system: You are a helpful assistant.
user:
Analyze the provided spectrum to determine if it is a **S-type Star**.

- **Key Indicators for S-type Star:**

    - **(Overall Spectrum Shape):** The first and most obvious characteristic is the overall continuum (the "baseline" shape). It is **extremely "red-sloping,"** meaning the flux (light intensity) is very low on the left side (blue, ~4000-4500 Å) and rises steeply and continuously toward the right side (red, ~7000 Å+).

    - **(Primary):** The spectrum is defined by the presence of strong, broad molecular absorption "valleys" (bands) from **Zirconium Oxide (ZrO)**. The identification of these bands is the **primary requirement** for classifying a star as S-type.
        - **(Key Bandheads):** You must find distinct, deep "dips" where the light has been absorbed. The most critical band systems to locate are:
            - **~6474 Å** ($\gamma$-system): This is often the strongest and clearest ZrO feature, found in the red part of the spectrum.
            - **~5718 Å** & **~5551 Å** ($\beta$-system): A pair of prominent absorption features in the yellow-orange part of the spectrum.
            - **~4640 Å** ($\alpha$-system): A key absorption band system in the blue-green region of the spectrum.

    - **(Secondary Confirmation):** The classification is strengthened by finding additional absorption bands from other related heavy element oxides, which are expected to be present alongside ZrO.
        - **(Key Bandheads):**
            - **Yttrium Oxide (YO):** Look for absorption dips near **~4800 Å** and **~6100 Å**.
            - **Lanthanum Oxide (LaO):** Additional absorption features, particularly in the red-orange part of the spectrum, are also characteristic.

    - **(Line Profile):** The combination of the steep red continuum and these numerous, deep molecular bands (ZrO, YO, etc.) gives the entire spectrum a very **"chopped-up"** or **"bumpy"** appearance. Instead of a smooth curve, the spectrum looks as though large, wide chunks of light have been "carved out" of it at the specific wavelengths listed above.

Think first, call **spectral_visualization_tool** if needed to examine features in detail, then provide your final answer. Your response must adhere to the following strict rules:
1.  **Overall Structure:** Your response must follow the format `<think>...</think> <tool_call>...</tool_call> (if a tool is used) <answer>...</answer>`.
2.  **Tool Usage Constraint:** You may only make **one** tool call per turn.
3.  **Final Answer Format:** In the `<answer>` tag, your conclusion must be inside a `\boxed{}` command (e.g., `\boxed{YES}` or `\boxed{NO}`), followed by your justification.

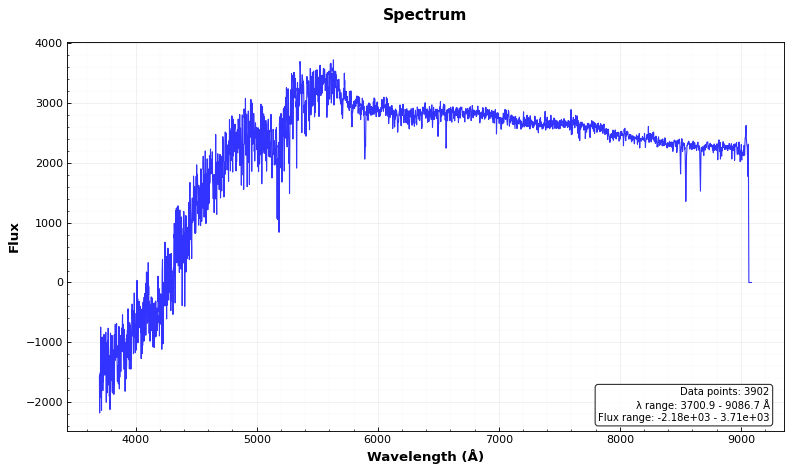
Answer: NO